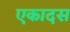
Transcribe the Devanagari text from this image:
एकादस